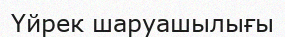
Үйрек шаруашылығы